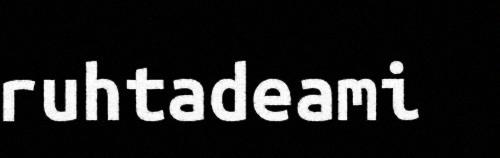
ruhtadeami